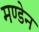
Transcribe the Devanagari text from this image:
मण्‍डेन